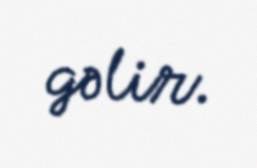
gəlir.